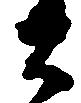
右